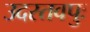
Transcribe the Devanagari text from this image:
उदस्तवपुः